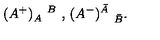
( A ^ { + } ) _ { A } ^ { \quad B } \mathrm { \ , \ } ( A ^ { - } ) _ { \quad \bar { B } } ^ { \bar { A } } .